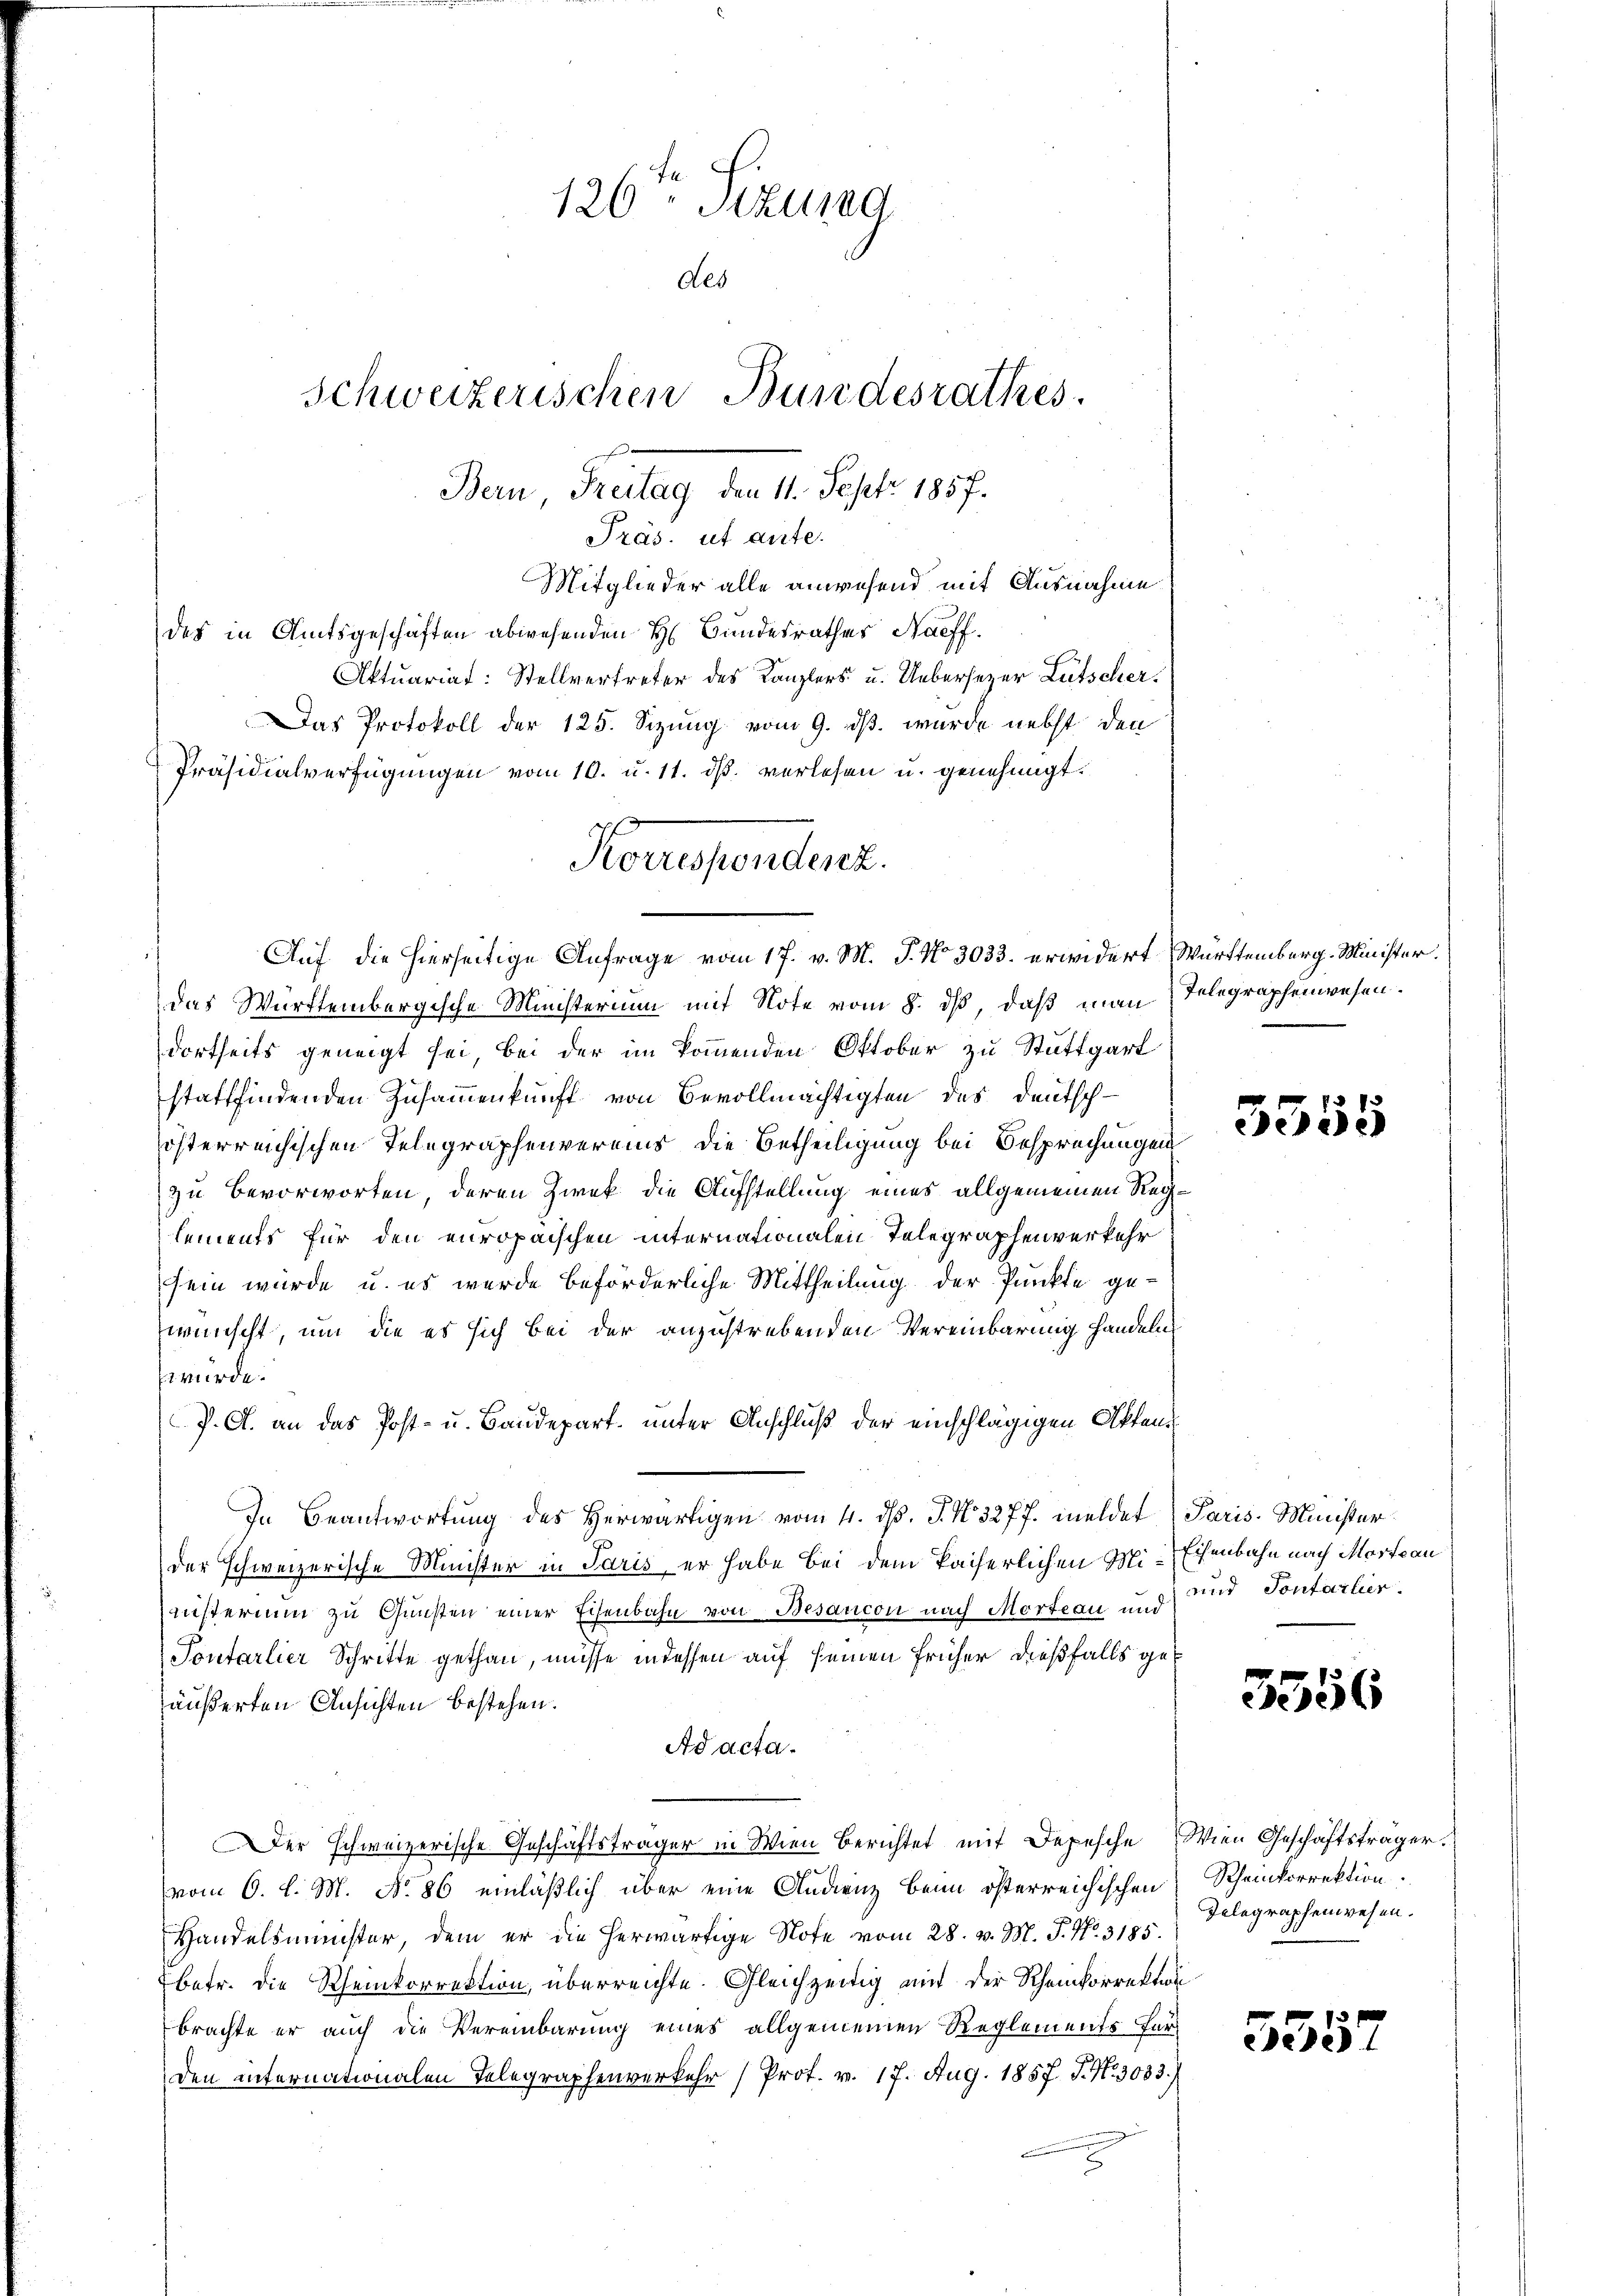
Präs. ist ante.
Mitglieder alle anwesend mit Ausnahme
des in Amtsgeschäften abwesenden H. Bundesrathes Naeff.
Aktuariat: Stellvertreter des Kanzlers u. Uebersezer Lütscher.
Das Protokoll der 125. Sizung vom 9. ds. wurde nebst den
Präsidialverfügungen vom 10. u. 11. ds. verlesen u. genehmigt.
das Württembergische Ministerium mit Note vom 8. ds, daß man Telegraphenwesen.
dortseits geneigt sei, bei der im kommenden Oktober zu Stuttgart
stattfindenden Zusammenkunft von Bevollmächtigten des Deutschösterreichischen Telegraphenvereins die Betheiligung bei Besprechungen
zu Bevorworten, deren Zwek die Aufstellung eines allgemeinen Reglements für den europaischen internationalen Telegraphenverkehr
sein würde u. es wurde beförderliche Mittheilung der Punkte gewünscht, um die es sich bei der anzustrebenden Vereinbarung handeln
würde.
P. G. an das Post- u. Baudepart, unter Anschluß der einschlägigen Akten¬
In Beantwortung des Herwärtigen vom 4. d. J. No. 3277. meldet Paris Minister
der schweizerische Minister in Paris, er habe bei dem kaiserlichen Mi-Eisenbahn nach Morte au
rusterium zu Gunsten einer Eisenbahn von Besancon nach Morteau und
Pontarlier Schritte gethan, müsse indessen auf seinen früher dießfalls gesäußerten Ansichten bestehen.
Ad acta.
Der schweizerische Geschäftsträger in Wien berichtet mit Depesche Wien Geschäftsträger.
vom 6. d. M. No. 86 einläßlich über eine Audienz beim österreichischen Rheinkorrektion.
Handelsminister, dem er die herwärtige Note vom 28. v. M. J. No. 3185.
betr. die Rheinkorrektion, überreichte. Gleichzeitig mit der Rheinkorrektion
brachte er auch die Vereinbarung eines allgemeinen Reglements fürden internationalen Telegraphenverkehr (Prof. v. 17. Aug. 1857 J. N. 3083/

126 Sizung
des
Schweizerischen Bundesrathes.
Ban Freitag den 1. Septbr. 1857.

Korrespendant.
Auf die hierseitige Anfrage vom 17. v. M. J. No 3033. erwidert Württemberg. Minister.

5555

und Sontarlier.

3556

Telegraphenwesen.

535